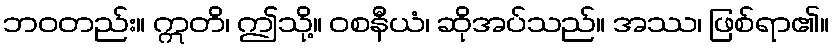
ဘဝတည်း။ ဣတိ၊ ဤသို့။ ဝစနီယံ၊ ဆိုအပ်သည်။ အဿ၊ ဖြစ်ရာ၏။